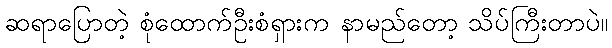
ဆရာပြောတဲ့ စုံထောက်ဦးစံရှားက နာမည်တော့ သိပ်ကြီးတာပဲ။